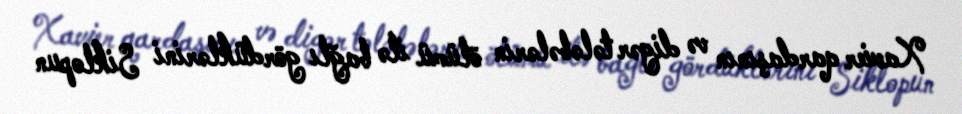
Xavier qardaşının və digər tələbələrin ölümü ilə bağlı gördüklərini Siklopun